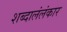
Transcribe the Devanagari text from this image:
शब्दालंलंकार